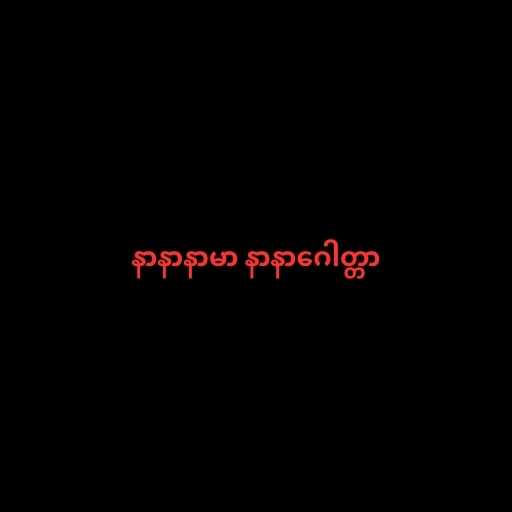
နာနာနာမာ နာနာဂေါတ္တာ